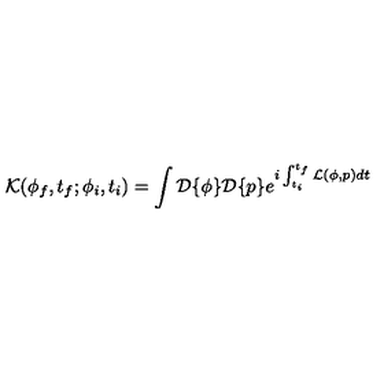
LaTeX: { \cal K } ( \phi _ { f } , t _ { f } ; \phi _ { i } , t _ { i } ) = \int { \cal D } \{ \phi \} { \cal D } \{ p \} e ^ { i \int _ { t _ { i } } ^ { t _ { f } } { \cal L } ( \phi , p ) d t }